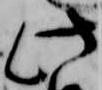
此